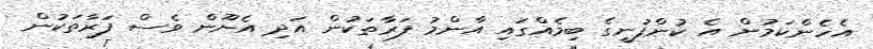
އެހެންކަމުން އެ ކުންފުނީގެ ބިމެއްގައި އާންމު ފަރާތަކުން އަދި އެނޫން ވެސް ފަރާތަކުން